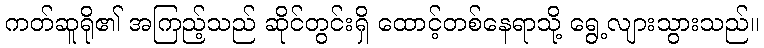
ကတ်ဆူရို၏ အကြည့်သည် ဆိုင်တွင်းရှိ ထောင့်တစ်နေရာသို့ ရွေ့လျားသွားသည်။